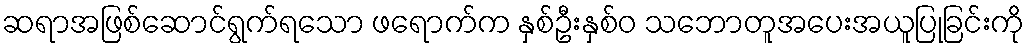
ဆရာအဖြစ်ဆောင်ရွက်ရသော ဖရောက်က နှစ်ဦးနှစ်ဝ သဘောတူအပေးအယူပြုခြင်းကို